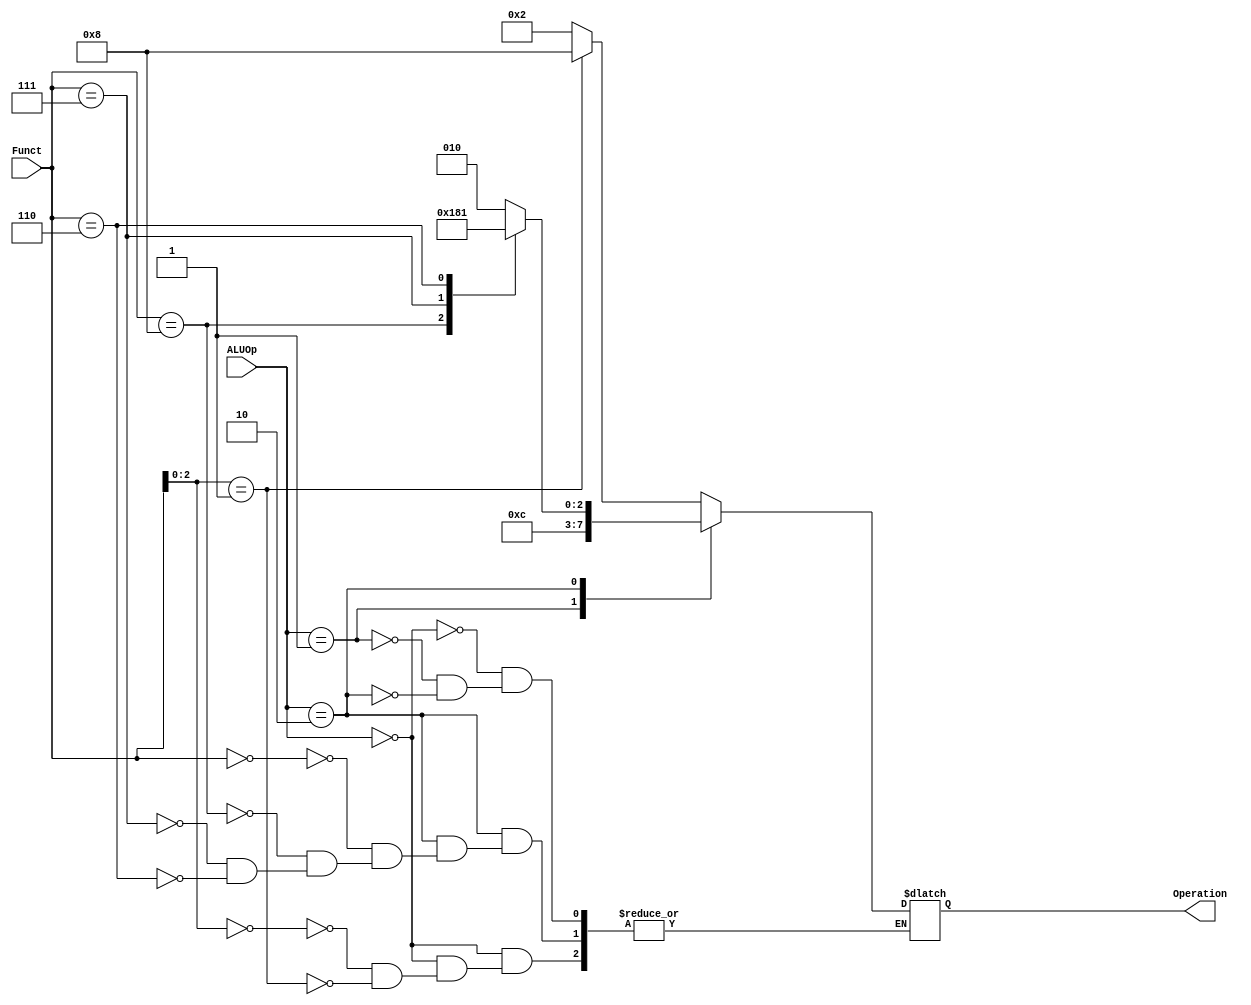
module ALU_Control
(
    input [1:0] ALUOp,
    input [3:0] Funct,
    output reg [3:0] Operation
);
always@(*)
begin
    case(ALUOp)
        2'b00: //for both addi and slli
            begin
                case(Funct[2:0])
                3'b000: //addi
                begin
                    Operation = 4'b0010;
                end
                3'b001: //slli
                begin
                    Operation = 4'b1000;
                end
              endcase
            end
        2'b01:
            begin
            Operation = 4'b0110;
            end
        2'b10:
            begin
            case(Funct)
            4'b0000:
                begin
                Operation = 4'b0010;
                end
            4'b1000:
                begin
                Operation = 4'b0110;
                end
            4'b0111:
                begin
                Operation = 4'b0000;
                end
            4'b0110:
                begin
                Operation = 4'b0001;
                end
            endcase
            end
    endcase
end
endmodule